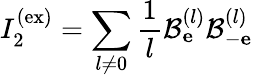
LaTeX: I_{2}^{\mathrm{(ex)}}=\sum_{l\neq 0}\frac{1}{l}\mathcal{B}_{\mathbf e}^{(l)}\mathcal{B}_{-\mathbf e}^{(l)}